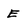
Character: E